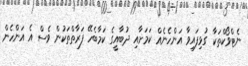
ނެޓްވޯކްތަކާ ގުޅިފައިވާ އަންހެނެއް ކަމަށާއި ދުބާއީގެ ކަމާބެހޭ ފަރާތްތަކުން ވެސް އެ އަންހެން